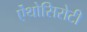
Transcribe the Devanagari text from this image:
ऐंथोसिरोटी